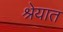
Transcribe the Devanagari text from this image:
श्रेयात